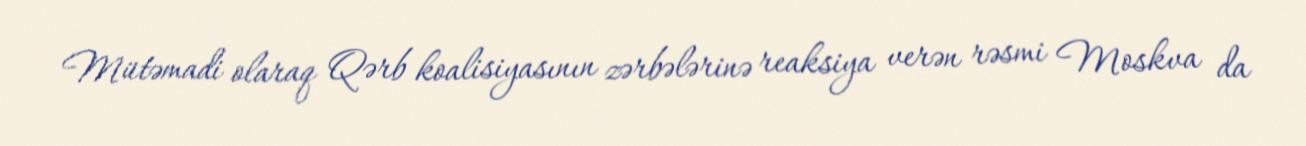
Mütəmadi olaraq Qərb koalisiyasının zərbələrinə reaksiya verən rəsmi Moskva da